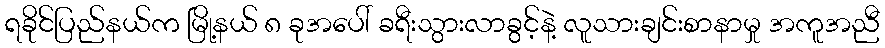
ရခိုင်ပြည်နယ်က မြို့နယ် ၈ ခုအပေါ် ခရီးသွားလာခွင့်နဲ့ လူသားချင်းစာနာမှု အကူအညီ